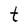
Character: t